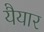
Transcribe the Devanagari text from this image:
यैयार